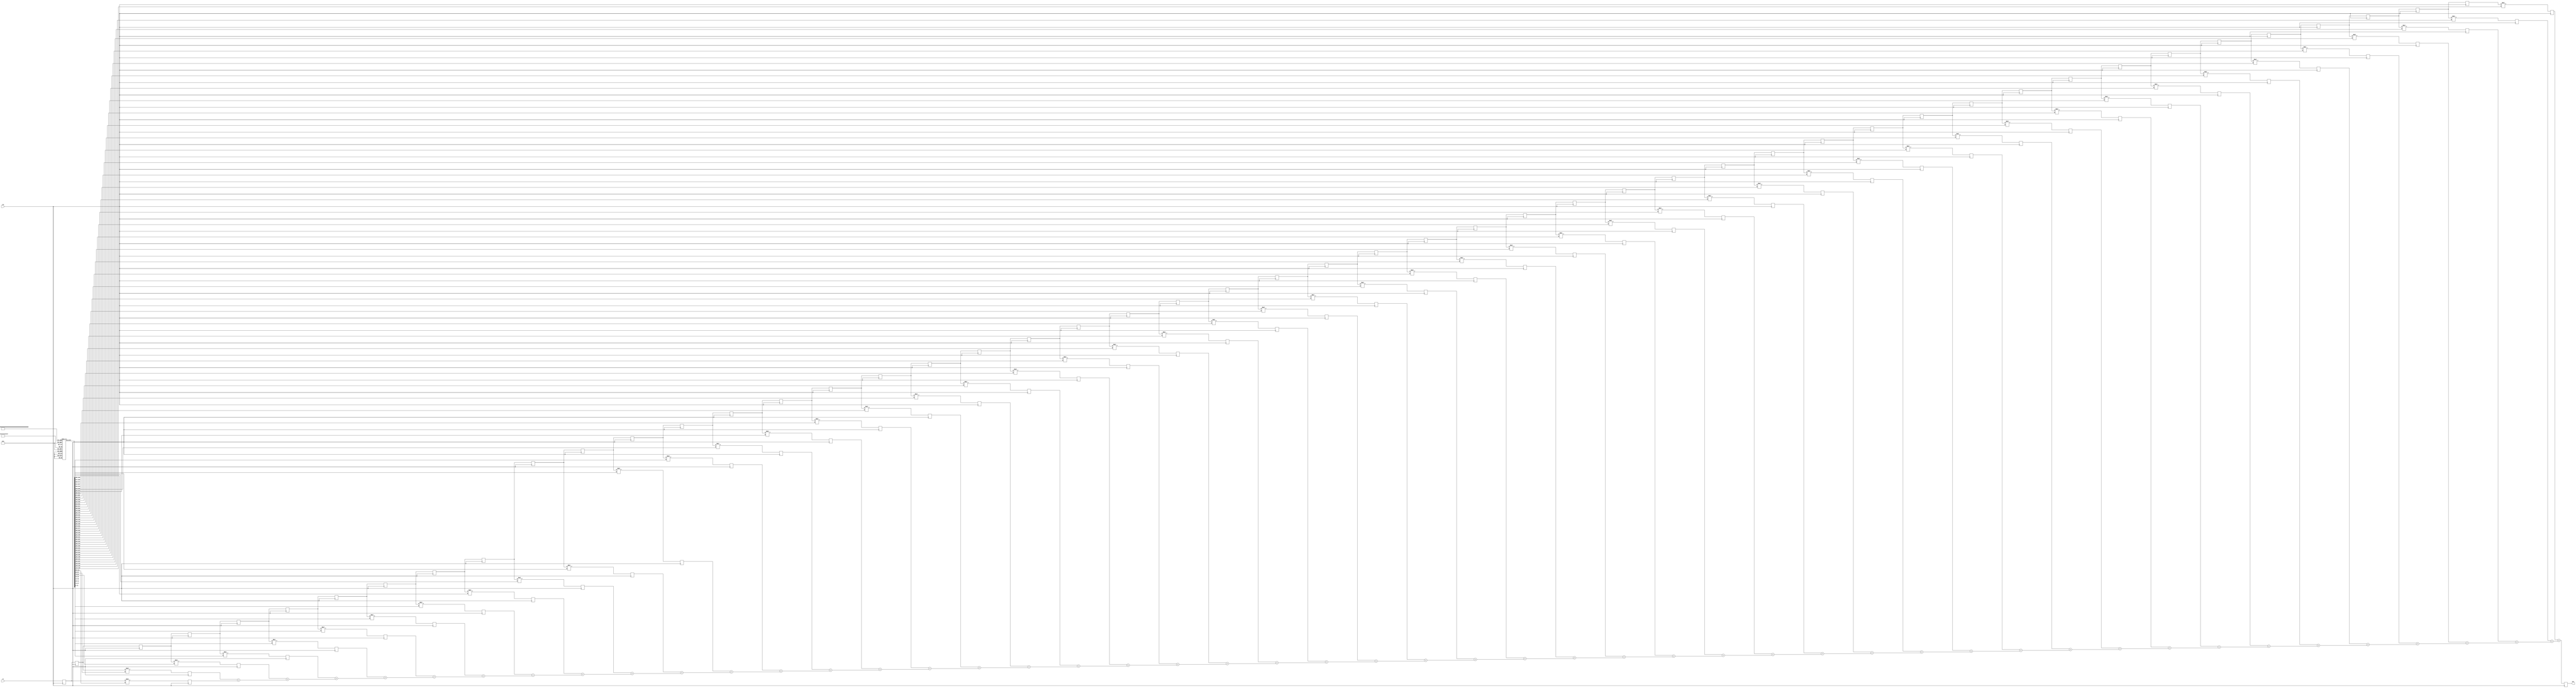
module fir (clk, in, out);

parameter IWIDTH = 14;	//  
parameter CWIDTH = 14;	//tap coef data width (should be less then 32 bit)
parameter TAPS   = 50;	//  
localparam MWIDTH = (IWIDTH+CWIDTH); //  
localparam RWIDTH = (MWIDTH+TAPS-1); //  

input  wire clk; 
input  wire [IWIDTH-1:0]in; // 
output wire [RWIDTH-1:0]out; //  

reg [13:0] h [50:0]; //     

//     
initial 
begin
	h[0] = 120;
	h[1] = 240;
	h[2] = 360;
	h[3] = 480;
	h[4] = 600;
	h[5] = 720;
	h[6] = 840;
	h[7] = 960;
	h[8] = 1080;
	h[9] = 1200;
	h[10] = 1320;
	h[11] = 1440;
	h[12] = 1560;
	h[13] = 1680;
	h[14] = 1920;
	h[15] = 2040;
	h[16] = 2160;
	h[17] = 2280;
	h[18] = 2400;
	h[19] = 2520;
	h[20] = 2640;
	h[21] = 2760;
	h[22] = 2880;
	h[23] = 3000;
	h[24] = 3120;
	h[25] = 3240;
	h[26] = 3360;
	h[27] = 3480;
	h[28] = 3600;
	h[29] = 3720;
	h[30] = 3840;
	h[31] = 3960;
	h[32] = 4080;
	h[33] = 4200;
	h[34] = 4320;
	h[35] = 4440;
	h[36] = 4560;
	h[37] = 4680;
	h[38] = 4800;
	h[39] = 4920;
	h[40] = 5040;
	h[41] = 5160;
	h[42] = 5280;
	h[43] = 5400;
	h[44] = 5520;
	h[45] = 5640;
	h[46] = 5760;
	h[47] = 5880;
	h[48] = 6000;
	h[49] = 5880;
	h[50] = 5760;
end

genvar i;
generate
	for( i=0; i<TAPS; i=i+1 )
	begin:tap
		
		reg [IWIDTH-1:0]r=0; //  
		if(i==0)
		begin
			always @(posedge clk)
				r <= in; //     
		end
		else
		begin
			
			always @(posedge clk) //   
				tap[i].r <= tap[i-1].r;
		end

		
		wire [CWIDTH-1:0]c; //    
		assign c = h[i];


		reg [MWIDTH-1:0]m; 
		always @(posedge clk)
			m <= $signed(r) * $signed( c ); //    ,      m
			

		reg [MWIDTH-1+i:0]a; // 
		if(i==0)
		begin
			always @*
				tap[i].a = $signed(tap[i].m);
		end
		else
		begin
			always @* //   
				tap[i].a = $signed(tap[i].m)+$signed(tap[i-1].a);
		end
	end
endgenerate


reg [RWIDTH-1:0]result; //   
always @(posedge clk)
	result <= tap[TAPS-1].a;


assign out = result; //  

endmodule